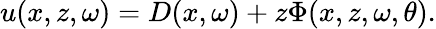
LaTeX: u(x,z,\omega)=D(x,\omega)+z\Phi(x,z,\omega,\theta).